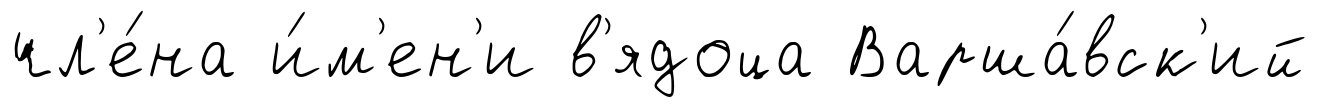
чл'е́на и́м'ен'и в'ядоца Варша́вск'ий